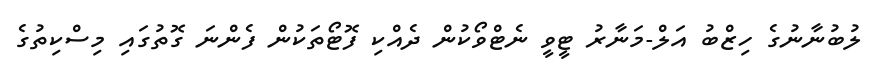
ލުބުނާނުގެ ހިޒްބު އަލް-މަނާރު ޓީވީ ނެޓްވޯކުން ދެއްކި ފޮޓޯތަކުން ފެންނަ ގޮތުގައި މިސްކިތުގެ